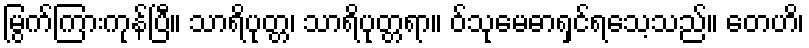
မြွက်ကြားကုန်ပြီ။ သာရိပုတ္တ၊ သာရိပုတ္တရာ။ ဝ်သုမေဓာရှင်ရသေ့သည်။ တေဟိ၊